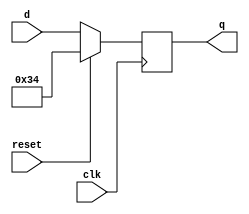
module top_module (
    input clk,
    input reset,
    input [7:0] d,
    output [7:0] q
);

    always @(negedge clk)    begin
        if(~reset)
            q <= d;
        else
            q <= 7'b0110100;
    end
endmodule